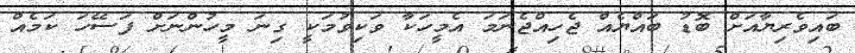
ބައިވެރިޔާއަށް ބޮޑު ބައްޔެއް ޖެހިއްޖެނަމަ އެމީހަކާ ވަކިވުމަކީ ގިނަ މީހުންނަށް ފަސޭހަ ކަމެއް